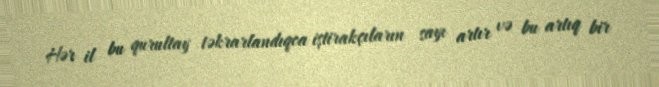
Hər il bu qurultay təkrarlandıqca iştirakçıların sayı artır və bu artıq bir